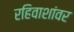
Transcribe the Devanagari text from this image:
रहिवाशांवर